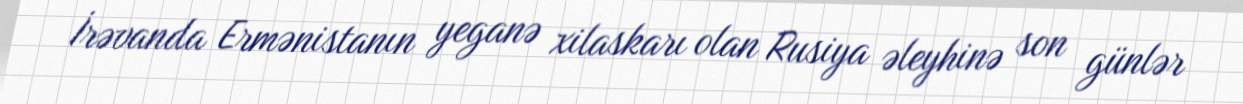
İrəvanda Ermənistanın yeganə xilaskarı olan Rusiya əleyhinə son günlər